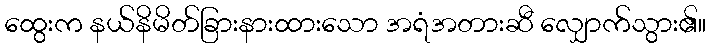
ထွေးက နယ်နိမိတ်ခြားနားထားသော အရံအတားဆီ လျှောက်သွား၏။